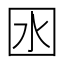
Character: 囦